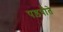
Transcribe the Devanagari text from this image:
पड़पौते